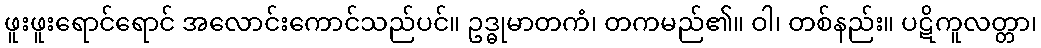
ဖူးဖူးရောင်ရောင် အလောင်းကောင်သည်ပင်။ ဥဒ္ဓုမာတကံ၊ တကမည်၏။ ဝါ၊ တစ်နည်း။ ပဋိကူလတ္တာ၊